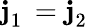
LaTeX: \mathbf{j}_{1}^{\mathrm{{~\, ~}}}=\mathbf{j}_{2}^{\mathrm{{~\, ~}}}